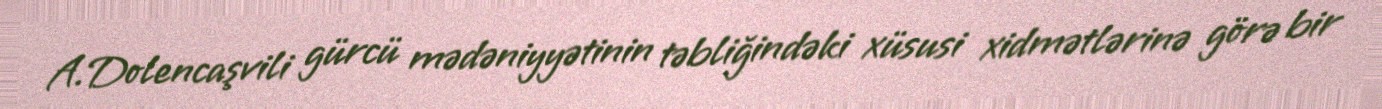
A.Dolencaşvili gürcü mədəniyyətinin təbliğindəki xüsusi xidmətlərinə görə bir